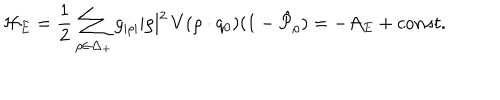
LaTeX: { \cal H } _ { E } = { \frac { 1 } { 2 } } \sum _ { \rho \in \Delta _ { + } } g _ { | \rho | } | \rho | ^ { 2 } \, V ( \rho \cdot q _ { 0 } ) ( 1 - \hat { \cal P } _ { \rho } ) = - { \cal A } _ { E } + c o n s t .